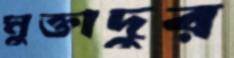
মুক্তাদুর